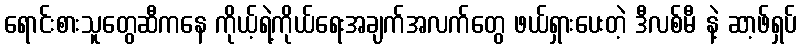
ရောင်းစားသူတွေဆီကနေ ကိုယ့်ရဲ့ကိုယ်ရေးအချက်အလက်တွေ ဖယ်ရှားပေးတဲ့ ဒီလစ်မီ နဲ့ ဆာ့ဖ်ရှပ်